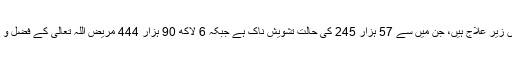
کورونا وائرس کے دنیا بھر میں 16 لاکھ 89 ہزار 96 مریض اب بھی اسپتالوں میں زیرِ علاج ہیں، جن میں سے 57 ہزار 245 کی حالت تشویش ناک ہے جبکہ 6 لاکھ 90 ہزار 444 مریض اللّٰہ تعالیٰ کے فضل و کرم سے اس بیماری سے نجات پا کر اسپتالوں سے اپنے گھروں کو لوٹ چکے ہیں۔